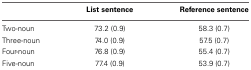
<table><thead><tr><td></td><td><b>List sentence</b></td><td><b>Reference sentence</b></td></tr></thead><tbody><tr><td>Two-noun</td><td>73.2 (0.9)</td><td>58.3 (0.7)</td></tr><tr><td>Three-noun</td><td>74.0 (0.9)</td><td>57.5 (0.7)</td></tr><tr><td>Four-noun</td><td>76.8 (0.9)</td><td>55.4 (0.7)</td></tr><tr><td>Five-noun</td><td>77.4 (0.9)</td><td>53.9 (0.7)</td></tr></tbody></table>